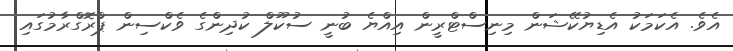
އެވެ. އެކަމަކު އެޑިޔުކޭޝަން މިނިސްޓްރީން އިއްޔެ ބުނީ ސުކޫލް ކުދިންގެ ވެކްސިން ޕްރޮގްރާމުގައި